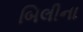
બિલીના